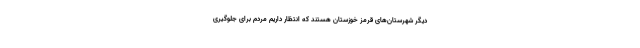
دیگر شهرستان‌های قرمز خوزستان هستند که انتظار داریم مردم برای جلوگیری